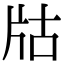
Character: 𤖲